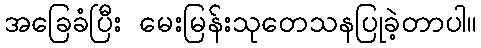
အခြေခံပြီး မေးမြန်းသုတေသနပြုခဲ့တာပါ။